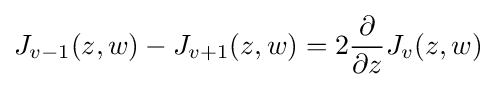
J_{v-1}(z,w)-J_{v+1}(z,w)=2{\dfrac {\partial }{\partial z}}J_{v}(z,w)